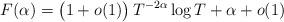
LaTeX: \begin{align*}F(\alpha) = \big(1+o(1)\big) \, T^{-2\alpha}\log T + \alpha + o(1)\end{align*}